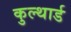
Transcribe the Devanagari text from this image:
कुल्थार्ड